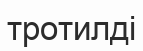
тротилді